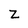
Character: Z